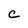
Character: C